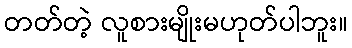
တတ်တဲ့ လူစားမျိုးမဟုတ်ပါဘူး။